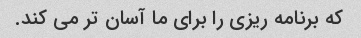
که برنامه ریزی را برای ما آسان تر می کند.